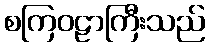
စကြဝဠာကြီးသည်